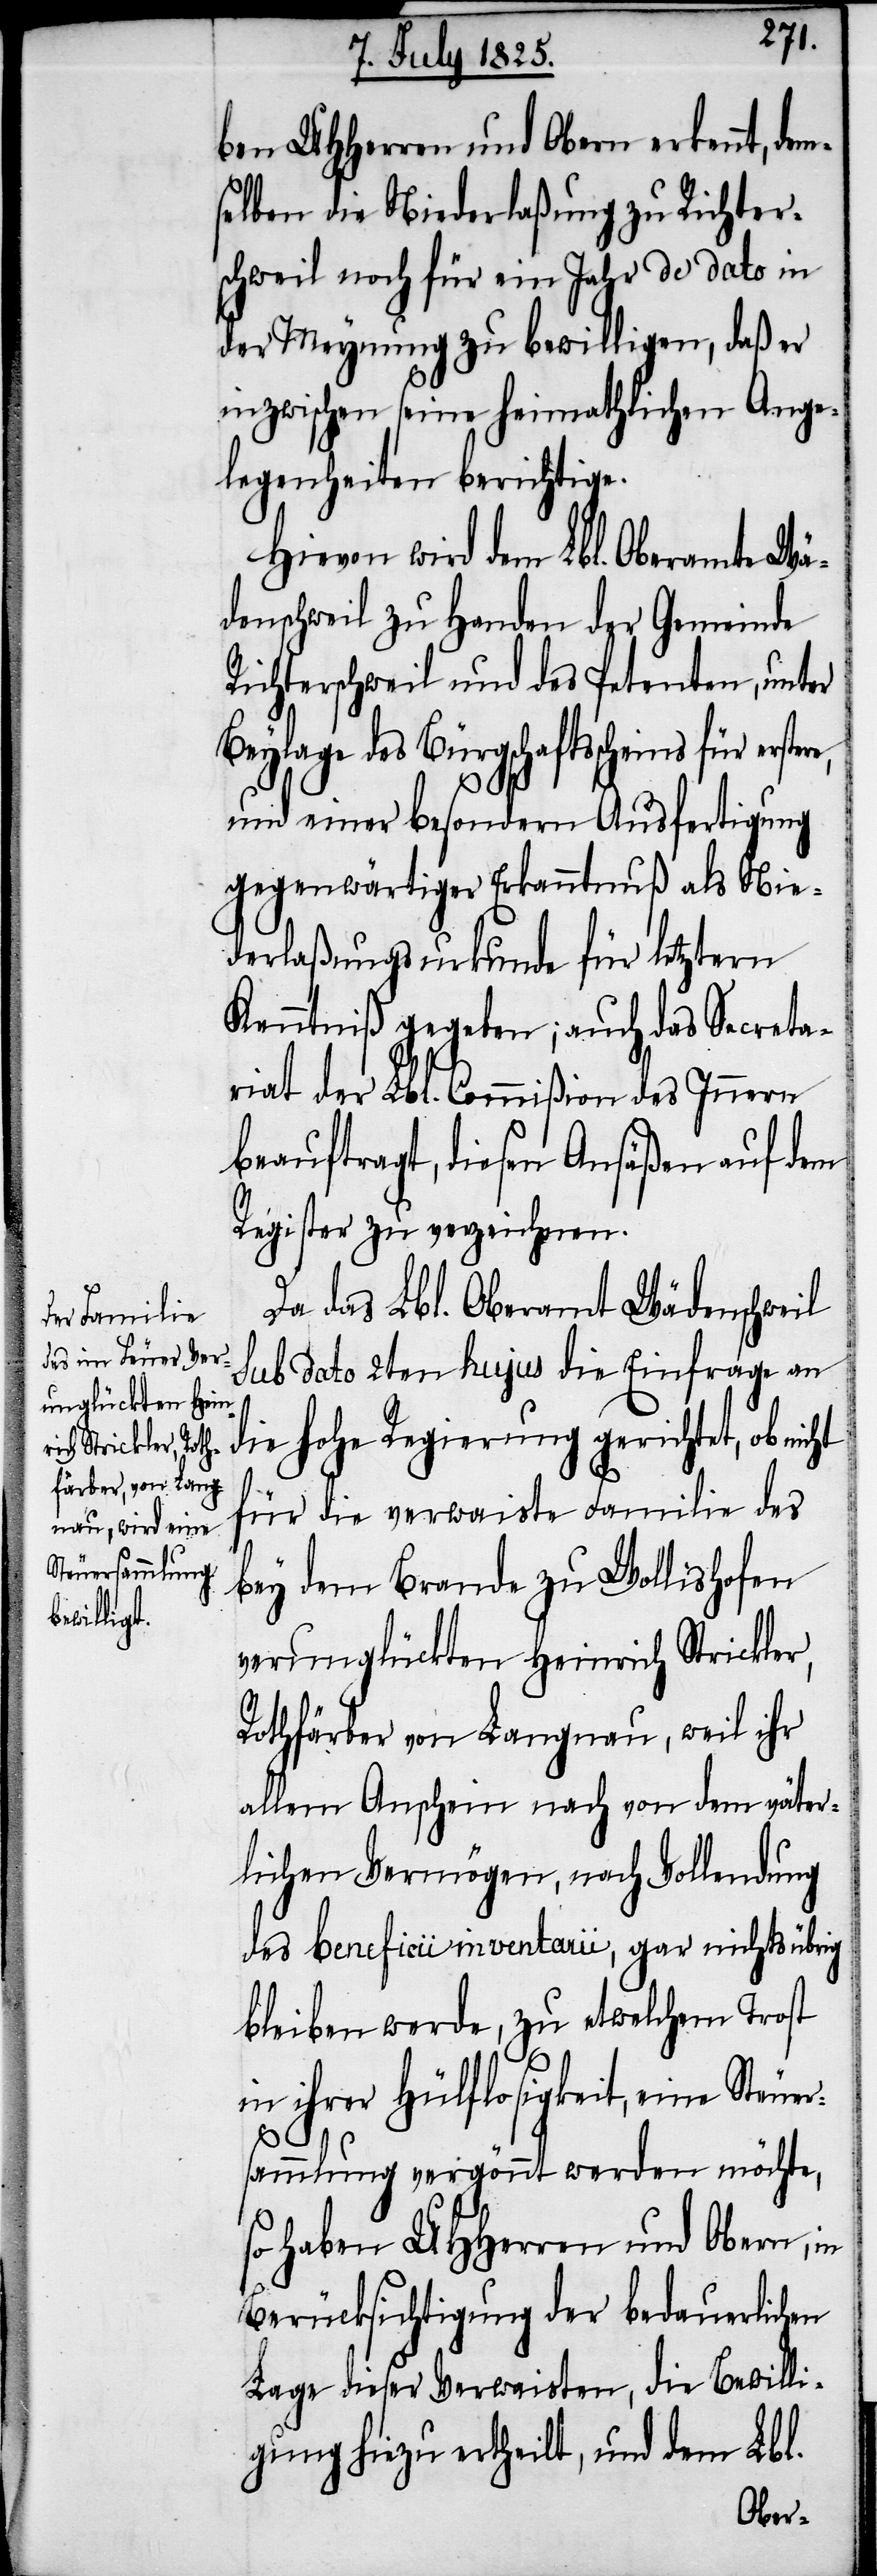
ben UHHerren und Obern erkennt, dem¬
selben die Niederlaßung zu Richter¬
schweil noch für ein Jahr de dato in
der Meynung zu bewilligen, daß er
inzwischen seine heimathlichen Ange¬
legenheiten berichtige.
Hievon wird dem Lbl. Oberamte Wä¬
denschweil zu Handen der Gemeinde
Richterschweil und des Petenten, unter
Beylage des Bürgschaftsscheins für erste¬
re,
und einer besondern Ausfertigung
gegenwärtiger Erkanntnuß als Nie¬
derlaßungsurkunde für letztern
Kenntniß gegeben; auch das Secreta¬
riat der Lbl. Commißion des Innern
beauftragt, diesen Ansäßen auf dem
Register zu verzeichnen.
Da das Lbl. Oberamt Wädenschweil
Sub dato 2ten hujus die Einfrage an
die hohe Regierung gerichtet, ob nicht
für die verwaiste Familie des
bey dem Brande zu Wollishofen
verunglückten Heinrich Strickler,
Rothfärber von Langnau, weil ihr
allem Anschein nach von dem väter¬
lichen Vermögen, nach Vollendung
des beneficii inventarii, gar nichts übrig
bleiben werde, zu etwelchem Trost
in ihrer Hülflosigkeit, eine Steue¬
rsammlung vergönnt werden möchte,
so haben UHHerren und Obern, in
Berücksichtigung der bedauerlichen
Lage dieser Verwaisten, die Bewilli¬
gung hiezu ertheilt, und dem Lbl.